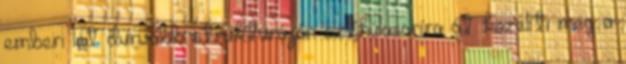
emberi lét durvább struktúráján szthúlasaríra át közelíti meg a